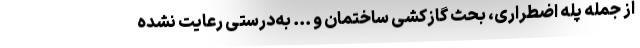
از جمله پله اضطراری، بحث گازکشی ساختمان و ... به‌درستی رعایت نشده